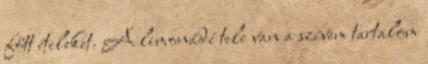
főtt ételeket. A limonádé tele van a szívem tartalom